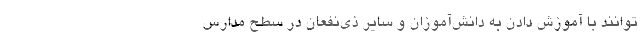
‌توانند با آموزش دادن به دانش‌آموزان و سایر ذی‌نفعان در سطح مدارس